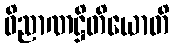
ဝိညာဏဋ္ဌိတိယောတိ